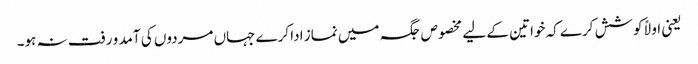
یعنی اولاً کوشش کرے کہ خواتین کے لیے مخصوص جگہ میں نماز ادا کرے جہاں مردوں کی آمد و رفت نہ ہو۔